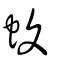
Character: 蝮